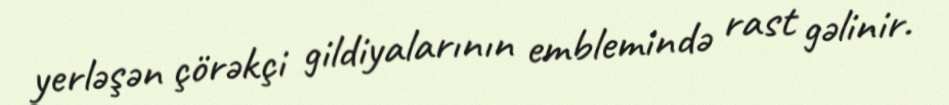
yerləşən çörəkçi gildiyalarının emblemində rast gəlinir.